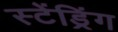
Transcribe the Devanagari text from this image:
स्टेंड्रिंग